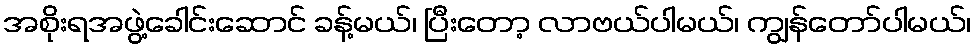
အစိုးရအဖွဲ့ခေါင်းဆောင် ခန့်မယ်၊ ပြီးတော့ လာဗယ်ပါမယ်၊ ကျွန်တော်ပါမယ်၊